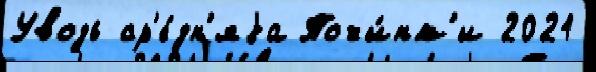
Уводь ср'е́дн'яjа Почи́нк'и 2021